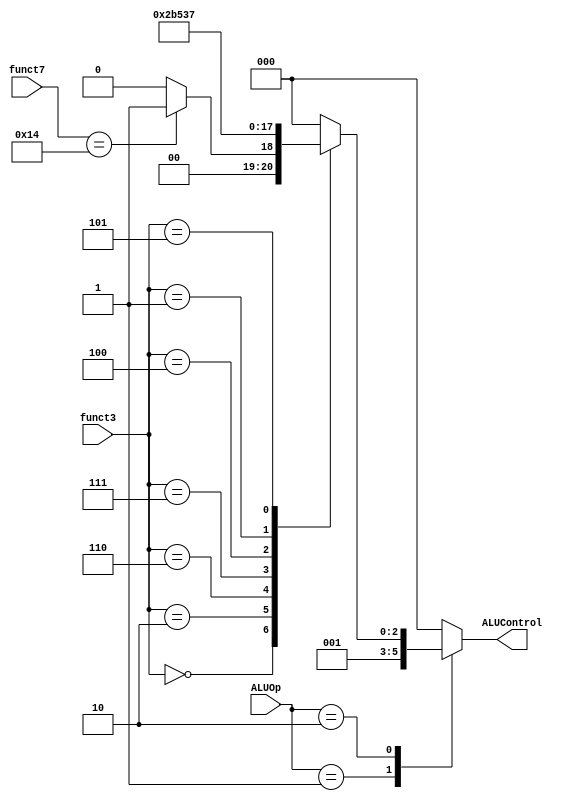
module ALU_Decoder(ALUOp,funct3,funct7,ALUControl);

    input [1:0]ALUOp;
    input [2:0]funct3;
    input [6:0]funct7;
    output reg [2:0]ALUControl;

    always @(*) 
        begin
            case (ALUOp)
                2'b00:
                    begin
                    ALUControl = 3'b000 ; //lw,sw
                    end
                2'b01:
                    begin
                    ALUControl = 3'b001 ; //beq
                    end
                2'b10:
                begin
                    case (funct3)
                        3'b000:
                            begin
                            if (funct7 == 7'h14) //{op[5],funct7[5]} == 2'b11
                                begin
                                ALUControl = 3'b001 ; //sub
                                end
                            else
                                begin
                                ALUControl = 3'b000 ; //add
                                end
                            end
                        3'b010:
                            begin
                                ALUControl = 3'b101 ; //slt
                            end
                        3'b110:
                            begin
                                ALUControl = 3'b011 ; //or
                            end
                        3'b111:
                            begin
                                ALUControl = 3'b010 ; //and
                            end
                        3'b100:
                            begin
                                ALUControl = 3'b100 ; //xor
                            end
                        3'b001:
                            begin
                                ALUControl = 3'b110 ; //shift left 
                            end
                        3'b101:
                            begin
                                ALUControl = 3'b111 ; //shift right
                            end
                        default:
                            begin
                                ALUControl = 3'b000 ;
                            end
                    endcase
                end
                default:
                    begin
                        ALUControl = 3'b000 ;
                    end
            endcase
        end
endmodule